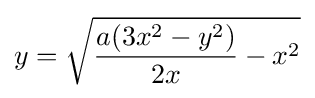
y={\sqrt {{\frac {a(3x^{2}-y^{2})}{2x}}-x^{2}}}